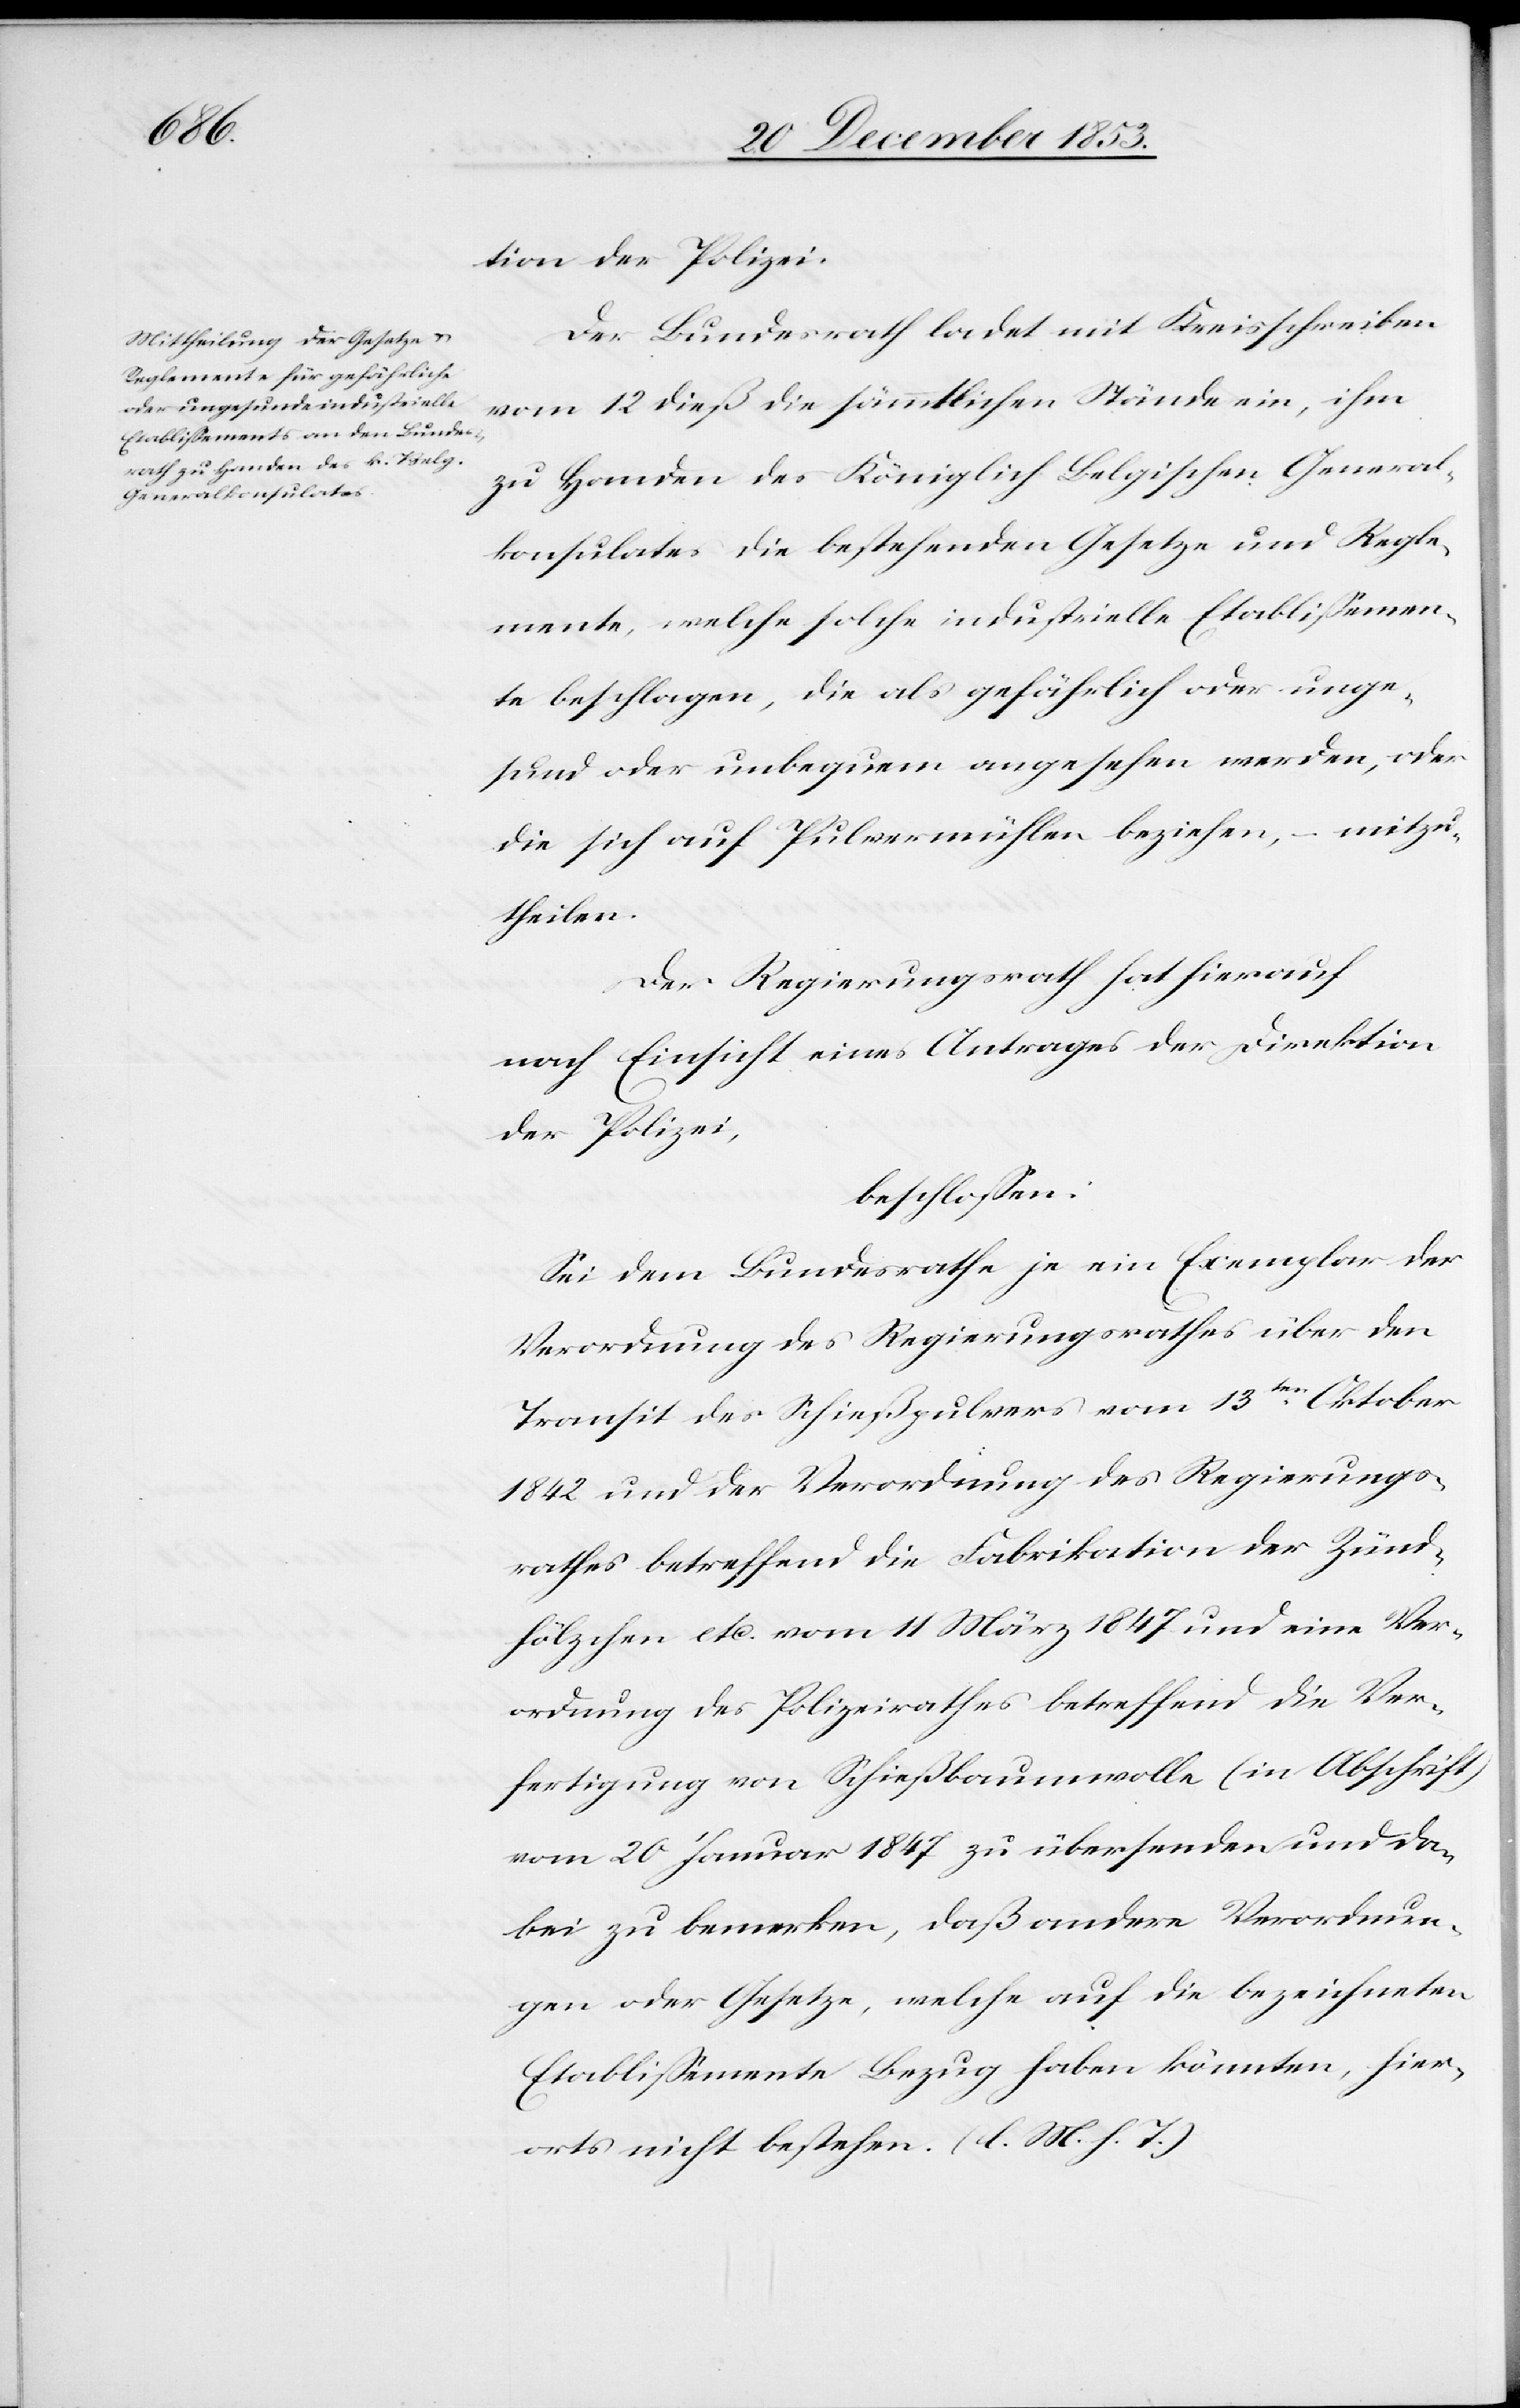
tion der Polizei.
Der Bundesrath ladet mit Kreisschreiben
vom 12 dieß die sämmtlichen Stände ein, ihm
zu Handen des Königlich Belgischen General¬
konsulates die bestehenden Gesetze und Regle¬
mente, welche solche industrielle Etablißemen¬
ts beschlagen, die als gefährlich oder unge¬
sund oder unbequem angesehen werden, oder
die sich auf Pulvermühlen beziehen, – mitzu¬
theilen.
Der Regierungsrath hat hierauf
nach Einsicht eines Antrages der Direktion
der Polizei,
beschloßen:
Sei dem Bundesrathe je ein Exemplar der
Verordnung des Regierungsrathes über den
Transit des Schießpulvers vom 13ten Oktober
1842 und der Verordnung des Regierungs¬
rathes betreffend die Fabrikation der Zünd¬
hölzchen etc. vom 11 März 1847 und eine Ver¬
ordnung des Polizeirathes betreffend die Ver¬
fertigung von Schießbaumwolle (in Abschrift)
vom 20 Januar 1847 zu übersenden und da¬
bei zu bemerken, daß andere Verordnun¬
gen oder Gesetze, welche auf die bezeichneten
Etablißmente Bezug haben könnten, hier¬
orts nicht bestehen. [l. M. h. T]